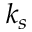
k _ { s }